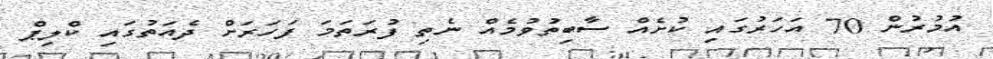
އުމުރުން 70 އަހަރުގައި ކުށެއް ސާބިތުވުމެއް ނެތި ފުރަތަމަ ފަހަރަށް ދެއަތުގައި ކްލިޕް